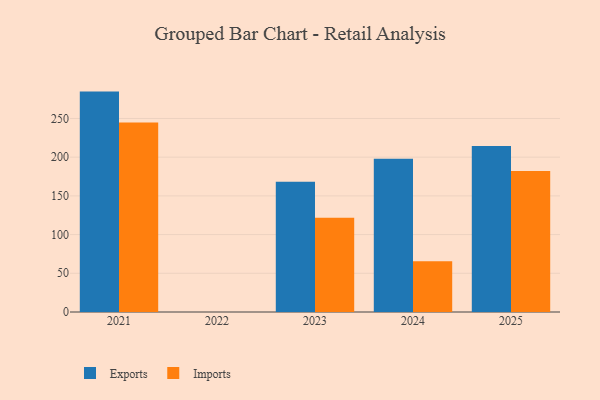
{"axis": {"x": "Year", "y": "Market Share (%)"}, "legend": ["Exports", "Imports"], "data": [{"x": "2025", "y": 214.3, "type": "Exports"}, {"x": "2025", "y": 182.0, "type": "Imports"}, {"x": "2023", "y": 168.1, "type": "Exports"}, {"x": "2023", "y": 121.9, "type": "Imports"}, {"x": "2021", "y": 284.7, "type": "Exports"}, {"x": "2021", "y": 244.9, "type": "Imports"}, {"x": "2024", "y": 198.1, "type": "Exports"}, {"x": "2024", "y": 65.7, "type": "Imports"}]}